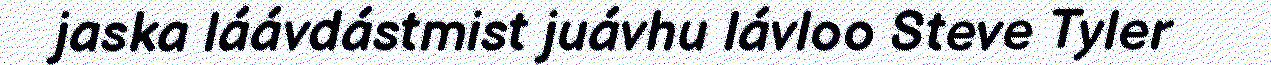
jaska láávdástmist juávhu lávloo Steve Tyler